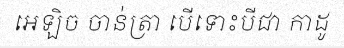
អេឡិច ចាន់ត្រា បើទោះបីជា កាដូ